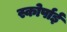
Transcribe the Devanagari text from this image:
स्कोर्पाई